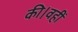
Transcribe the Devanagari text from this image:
की।वहीं